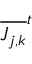
\overline { { J _ { j , k } } } ^ { t }